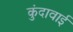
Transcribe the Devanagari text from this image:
कुंदावाई